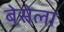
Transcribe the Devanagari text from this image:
बेसेला